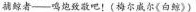
龍鲸者——吗致敬吧！(梅尔威尔《白〉）